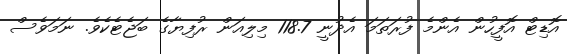
އޮޑިޓް އޮފީހުން އެންމެ ފުރަތަަމަ އެދުނީ 118.7 މިލިއަން ރުފިޔާގެ ބަޖެޓެކެވެ. ނަމަވެސް